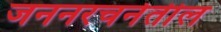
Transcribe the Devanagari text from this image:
जननरचनेतील